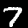
Label: 7